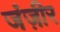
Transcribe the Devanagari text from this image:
जंज़ीर